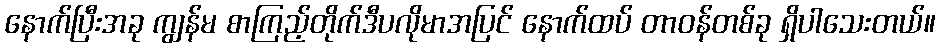
နောက်ပြီးအခု ကျွန်မ စာကြည့်တိုက်ဒီပလိုမာအပြင် နောက်ထပ် တာဝန်တစ်ခု ရှိပါသေးတယ်။